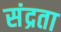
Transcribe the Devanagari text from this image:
संद्रता